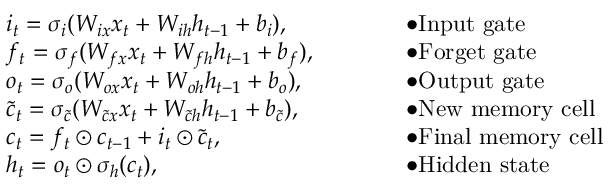
\begin{array} { r l r l } & { i _ { t } = \sigma _ { i } ( W _ { i x } x _ { t } + W _ { i h } h _ { t - 1 } + b _ { i } ) , } & & { \bullet \mathrm { I n p u t ~ g a t e } } \\ & { f _ { t } = \sigma _ { f } ( W _ { f x } x _ { t } + W _ { f h } h _ { t - 1 } + b _ { f } ) , \qquad } & & { \bullet \mathrm { F o r g e t ~ g a t e } } \\ & { o _ { t } = \sigma _ { o } ( W _ { o x } x _ { t } + W _ { o h } h _ { t - 1 } + b _ { o } ) , } & & { \bullet \mathrm { O u t p u t ~ g a t e } } \\ & { \tilde { c } _ { t } = \sigma _ { \tilde { c } } ( W _ { \tilde { c } x } x _ { t } + W _ { \tilde { c } h } h _ { t - 1 } + b _ { \tilde { c } } ) , } & & { \bullet \mathrm { N e w ~ m e m o r y ~ c e l l } } \\ & { c _ { t } = f _ { t } \odot c _ { t - 1 } + i _ { t } \odot \tilde { c } _ { t } , } & & { \bullet \mathrm { F i n a l ~ m e m o r y ~ c e l l } } \\ & { h _ { t } = o _ { t } \odot \sigma _ { h } ( c _ { t } ) , } & & { \bullet \mathrm { H i d d e n ~ s t a t e } } \end{array}